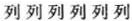
列 列 列 列 列 列